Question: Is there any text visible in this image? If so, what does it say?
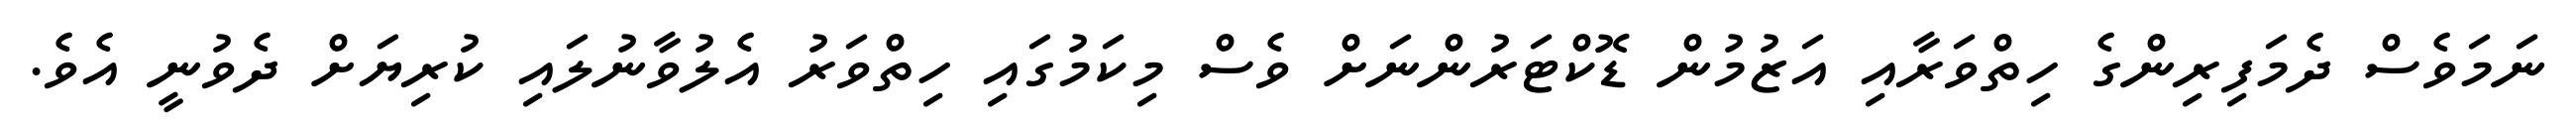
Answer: ނަމަވެސް ދެމަފިރިންގެ ހިތްވަރާއި އަޒުމުން ޑޮކްޓަރުންނަށް ވެސް މިކަމުގައި ހިތްވަރު އެލުވާނުލައި ކުރިޔަށް ދެވުނީ އެވެ.